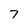
Character: 7